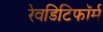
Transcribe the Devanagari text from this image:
रेवडिटिफॉर्म